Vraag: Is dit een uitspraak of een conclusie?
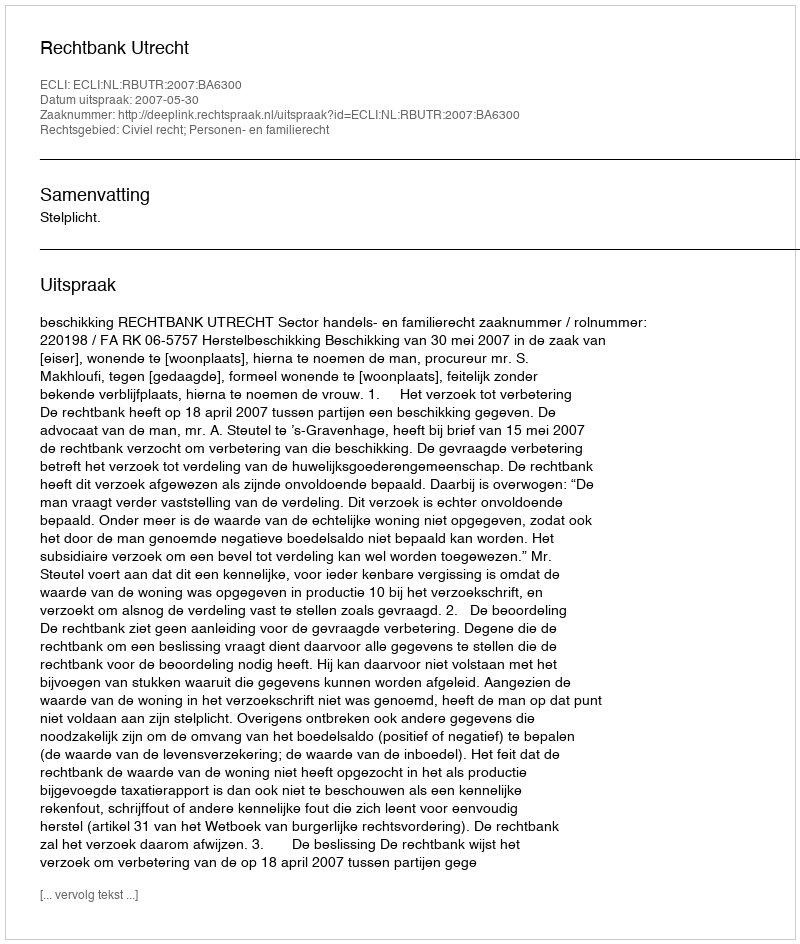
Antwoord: Uitspraak